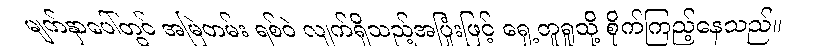
မျက်နှာပေါ်တွင် အမြဲတမ်း ရစ်ဝဲ လျက်ရှိသည့်အပြုံးဖြင့် ရှေ့တူရူသို့ စိုက်ကြည့်နေသည်။